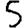
Digit: 5